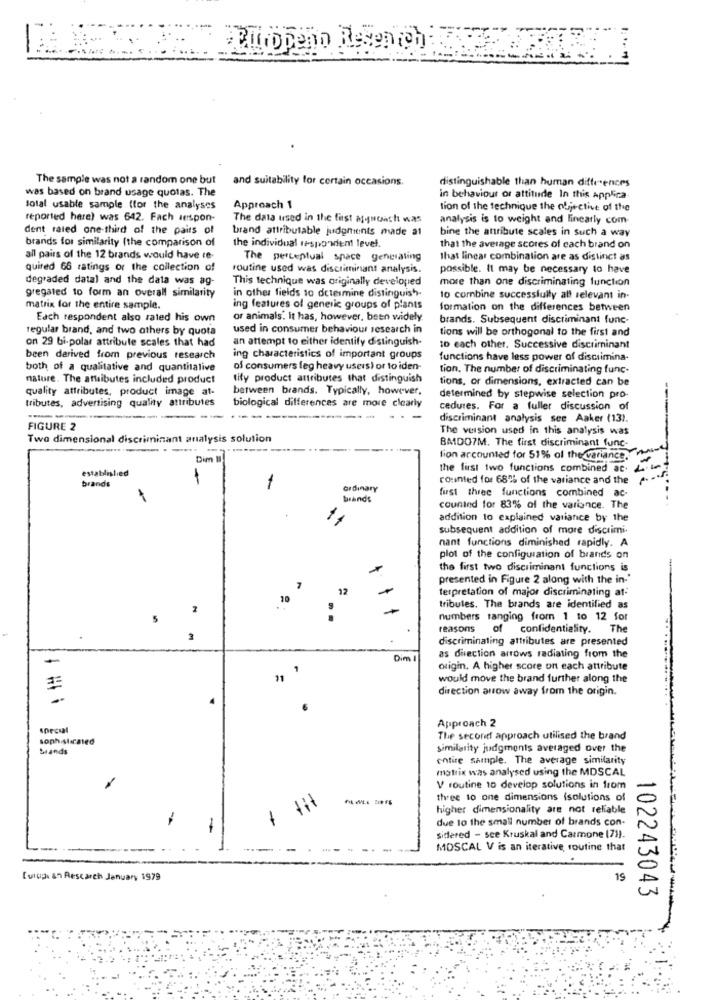
Etttobeno Resenich
The sample was not a random one but
and suitability for certain occasions.
was based on brand usage quotas. The
distinguishable than human differences
in behaviour of attitude In this Applica
total usable sample (for the analyses
Approach 1
tion of the technique the objective of the
reported here) was 642. Fach respon-
The data used in the first atnonch was
analysis is to weight and linearly com-
dent raled one-third of the pairs of
brand attributable judgments made at
bine the atribute scales in such a way
brands for similarity (the comparison of
the individual respondent level.
that the average scores of each brand on
all pairs of the 12 brands would have re-
The perceptual space generating
that lincar combination are as distinct as
quired 66 ratings of the collection of
routine used was discriminant analysis.
possible. It may be necessary to have
degraded datal and the data was ag-
This technique was originally developed
more than one discriminating function
in other fields to determine distinguish-
gregated to form an overall similarity
to combine successfully all relevant in
matrix for the entire sample.
ing features of generic groups of plants
formation on the differences between
Each respondent also rated his own
or animals. It has, however, been widely.
brands. Subsequent discriminant func-
regular brand, and two others by quota
used in consumer behaviour research in
tions will be orthogonal to the first and
on 29 bi-polar attribute scales that had
an attempt to either identify distinguish-
to each other. Successive discriminant
been derived from previous research
ing characteristics of important groups
functions have less power of discrimina-
both of a qualitative and quantitative
of consumers leg heavy users) or to iden-
tion. The number of discriminating func-
nature. The attributes included product
tify product attributes that distinguish
tions, or dimensions, extracted can be
quality attributes, product image at-
between brands. Typically, however,
tributes, advertising quality attributes
determined by stepwise selection pro-
biological differences are more clearly
cedures. For a fuller discussion of
-
--
discriminant analysis see Aaker (13).
FIGURE 2
The version used in this analysis was
Two dimensional discriminant analysis solution
----
BMDO7M, The first discriminant func-
Dim II
tion accounted for 51% of the variance.
established
the first two functions combined ac.
brands
counted for 68% of the variance and the
1
GIDInarY
first three functions combined ac-
1
brandt
counted for 83% of the variance. The
addition to explained variance by the
subsequent addition of more discrimi.
nant functions diminished rapidly. A
plot of the configuration of brands on
the first two discriminant functions is
presented in Figure 2 along with the in-"
7
12
terpretation of major discriminating at-
10
tribules. The brands are identified as
5
..
numbers ranging from 1 to 12 for
reasons
of confidentiality. The
discriminating attributes are presented
-
Dim 1
as direction arrows radiating from the
origin. A higher score on each attribute
would move the brand further along the
direction arrow away from the origin.
Approach 2
sophisticated
The second approach utilised the brand
brands
similarity judgments averaged over the
entire sample. The average similarity
matrix was analysed using the MDSCAL
V routine 10 develop solutions in from
three to one dimensions (solutions of
higher dimensionality are not reliable
-
due to the small number of brands con-
sidered - see Kruskal and Carmone (7)).
--.
MOSCAL V is an iterative routine that
[urup. an Rescarch January 1979
19
102243043